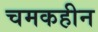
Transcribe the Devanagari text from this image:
चमकहीन